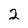
Character: 2